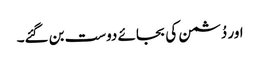
اور دُشمن کی بجائے دوست بن گئے۔